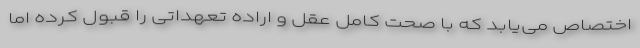
اختصاص می‌یابد که با صحت کامل عقل و اراده تعهداتی را قبول کرده‌ اما